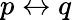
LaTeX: p\leftrightarrow q